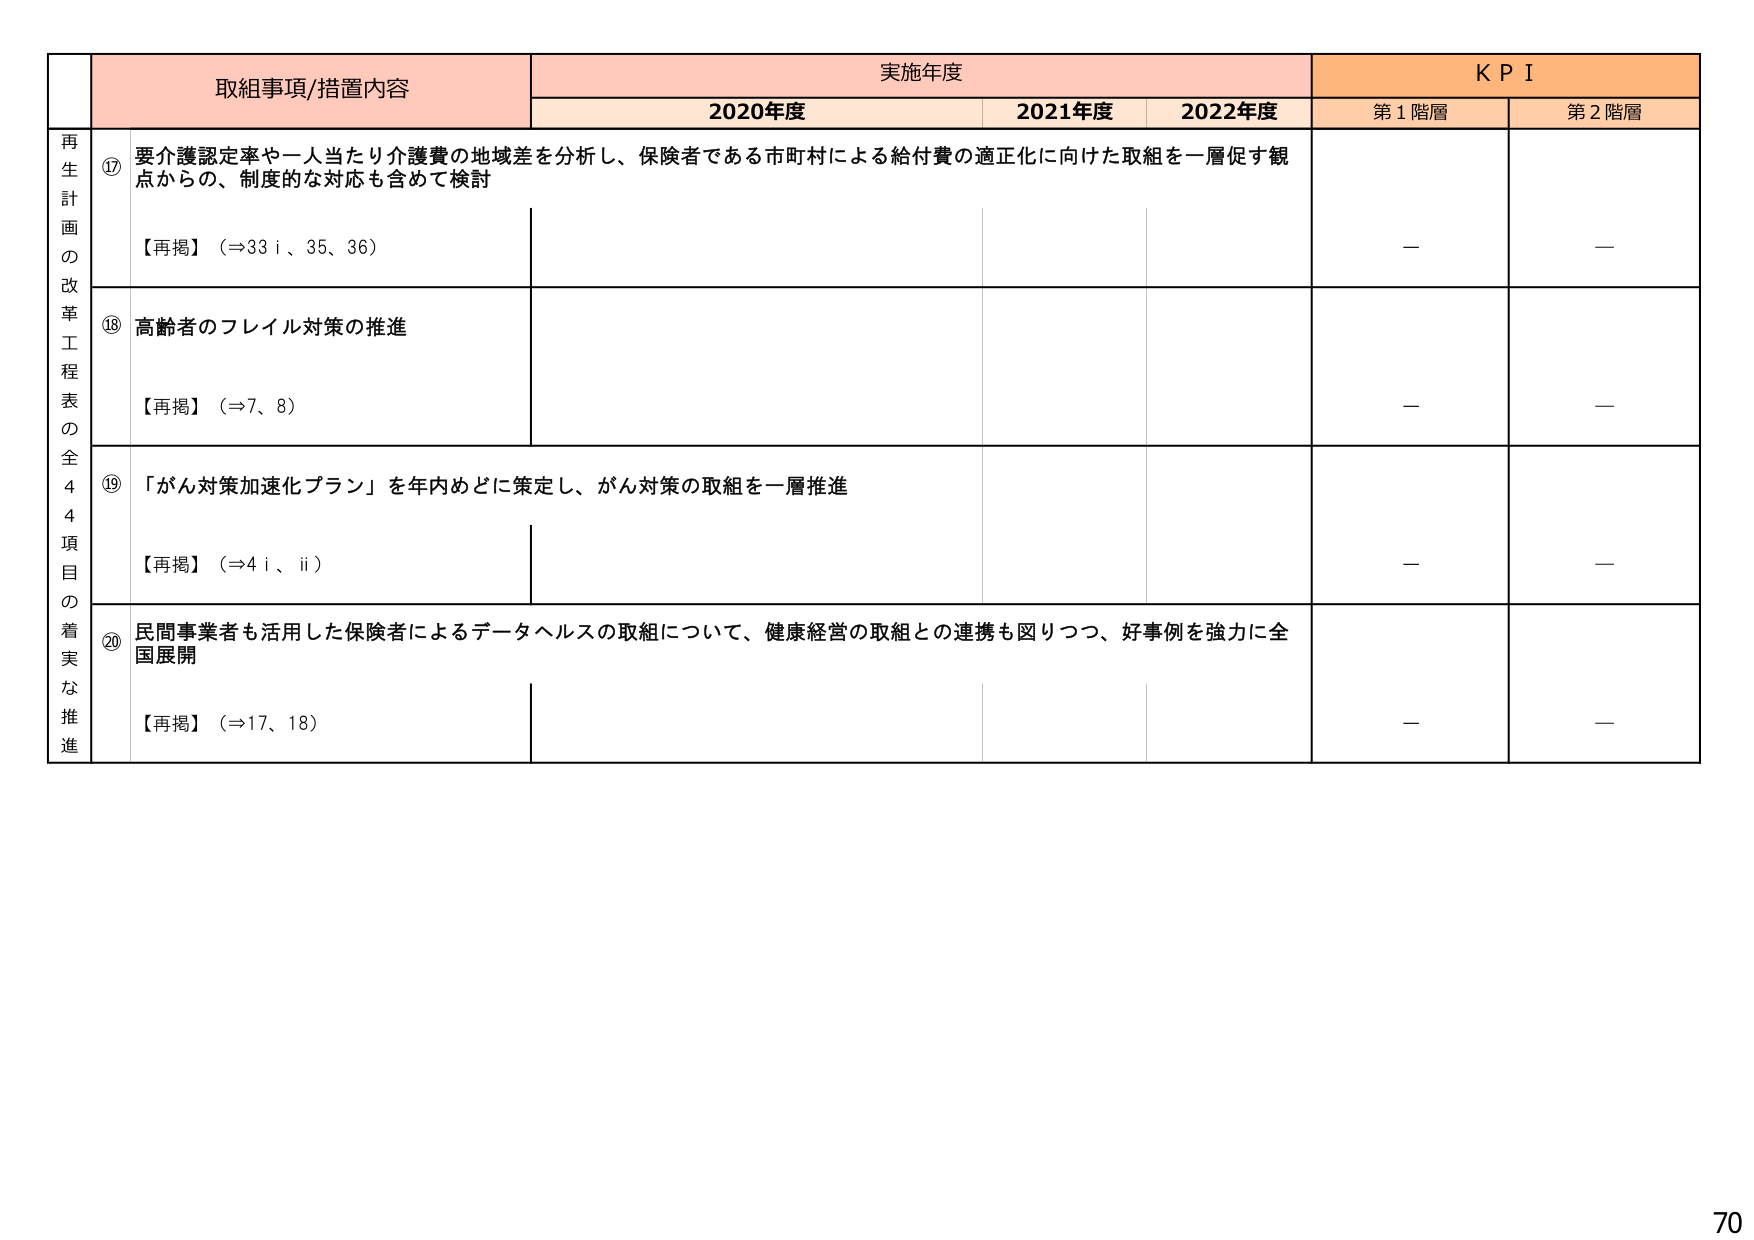
取組事項/措置内容 実施年度 K P I
2020年度 2021年度 2022年度 第1階層 第2階層
再生計画の改革工程表の全44項目の着実な推進
⑰ 要介護認定率や一人当たり介護費の地域差を分析し、保険者である市町村による給付費の適正化に向けた取組を一層促す観点からの、制度的な対応も含めて検討
【再掲】（⇒33 i、35、36）
－ －
⑱ 高齢者のフレイル対策の推進
【再掲】（⇒7、8）
－ －
⑲ 「がん対策加速化プラン」を年内めどに策定し、がん対策の取組を一層推進
【再掲】（⇒4 i、ii）
－ －
⑳ 民間事業者も活用した保険者によるデータヘルスの取組について、健康経営の取組との連携も図りつつ、好事例を強力に全国展開
【再掲】（⇒17、18）
－ －
70